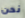
نحن